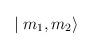
LaTeX: \begin{align*}\mid m_1,m_2\rangle\end{align*}